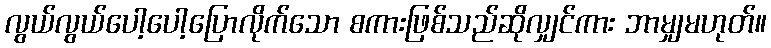
လွယ်လွယ်ပေါ့ပေါ့ပြောလိုက်သော စကားဖြစ်သည်ဆိုလျှင်ကား ဘာမျှမဟုတ်။